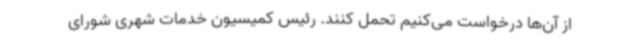
از آن‌ها درخواست می‌کنیم تحمل کنند. رئیس کمیسیون خدمات شهری شورای